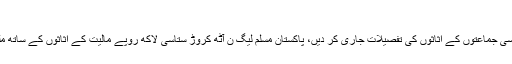
وزیرداخلہ کاکہناتھا کہ…
الیکشن کمیشن آف پاکستان نے سیاسی جماعتوں کے اثاثوں کی تفصیلات جاری کر دیں، پاکستان مسلم لیگ ن آٹھ کروڑ ستاسی لاکھ روپے مالیت کے اثاثوں کے ساتھ ملک کی امیر ترین جماعت بن گئی۔